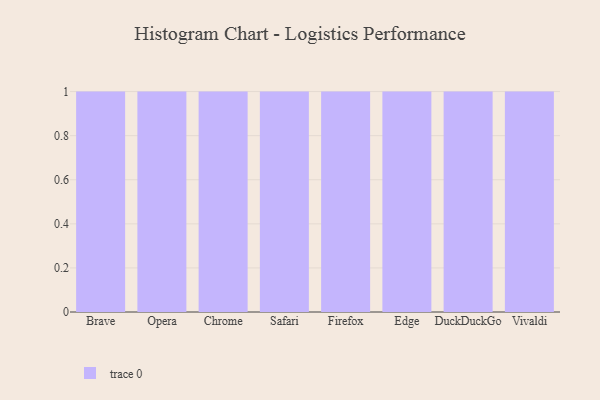
{"axis": {"x": "Browser", "y": "Latency (ms)"}, "legend": [""], "data": [{"x": "Brave", "y": 14, "type": ""}, {"x": "Opera", "y": 1, "type": ""}, {"x": "Chrome", "y": 96, "type": ""}, {"x": "Safari", "y": 3, "type": ""}, {"x": "Firefox", "y": 1, "type": ""}, {"x": "Edge", "y": 45, "type": ""}, {"x": "DuckDuckGo", "y": 22, "type": ""}, {"x": "Vivaldi", "y": 97, "type": ""}]}